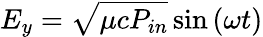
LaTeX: E_{y}=\sqrt{\mu cP_{in}}\sin{(\omega t)}